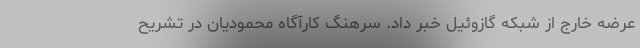
عرضه خارج از شبکه گازوئیل خبر داد. سرهنگ کارآگاه محمودیان در تشریح